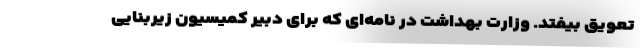
تعویق بیفتد. وزارت بهداشت در نامه‌ای که برای دبیر کمیسیون زیربنایی